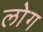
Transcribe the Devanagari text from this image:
लाेेग